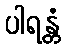
ပါရန္တံ